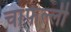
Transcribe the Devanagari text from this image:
चांफेल्ली